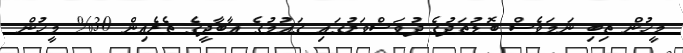
މީހުން ތިބި ނަމަވެސް ބޮޑުތަދުގެ ދުވަސްވަރުގައި ޤައުމުގެ އާބާދީގެ ތެރެއިން 30% މީހުން